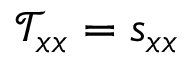
\mathcal { T } _ { x x } = s _ { x x }